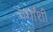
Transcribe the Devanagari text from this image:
वर्गांशी